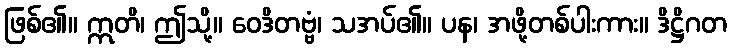
ဖြစ်၏။ ဣတိ၊ ဤသို့။ ဝေဒိတဗ္ဗံ၊ သအပ်၏။ ပန၊ အဖို့တစ်ပါးကား။ ဒိဋ္ဌိဂတ